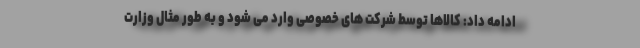
ادامه داد: کالاها توسط شرکت های خصوصی وارد می شود و به طور مثال وزارت